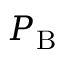
P _ { \mathrm { { B } } }